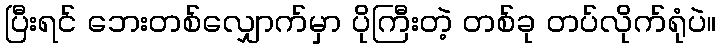
ပြီးရင် ဘေးတစ်လျှောက်မှာ ပိုကြီးတဲ့ တစ်ခု တပ်လိုက်ရုံပဲ။